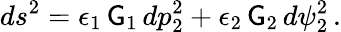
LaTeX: ds^{2}=\epsilon_{1}\, \mathsf{G}_{1}\, dp_{2}^{2}+\epsilon_{2}\, \mathsf{G}_{2}\, d\psi_{2}^{2}\, .